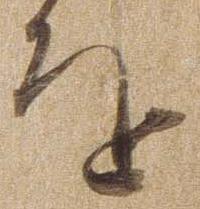
を